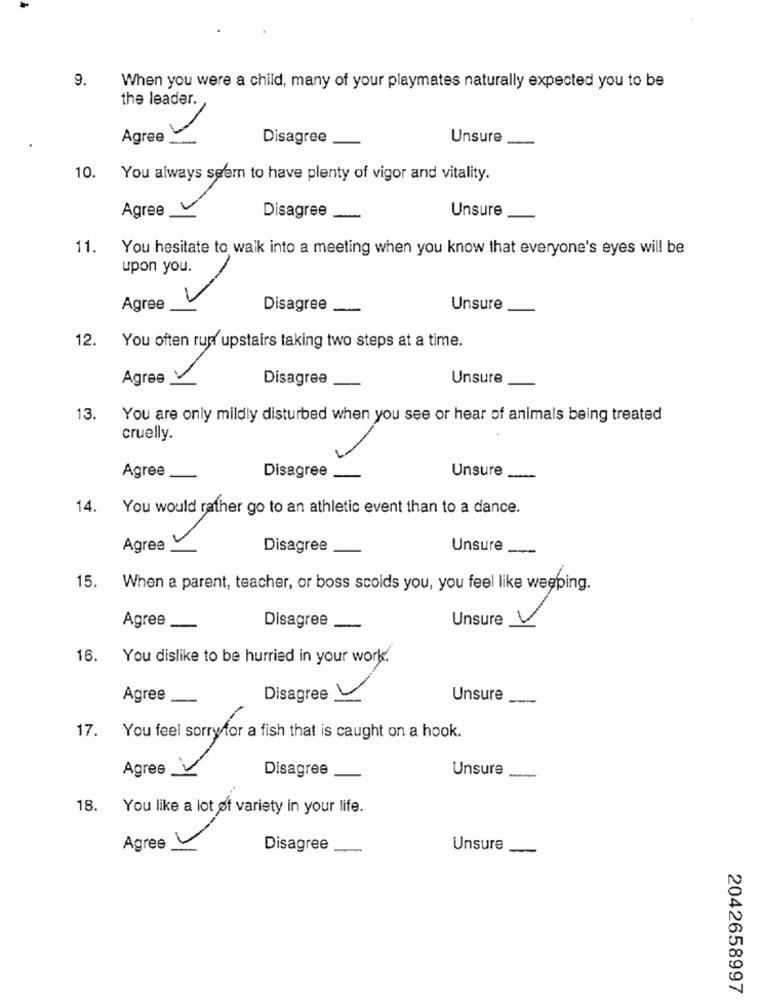
9.
When you were a child, many of your playmates naturally expected you to be
the leader.
Agree ....
Disagree
Unsure
-
10.
You always seem to have plenty of vigor and vitality.
Agree
Unsure
Disagree
11.
You hesitate to walk into a meeting when you know that everyone's eyes will be
upon you.
7
Agree
Disagree
Unsure
12.
You often run upstairs taking two steps at a time.
Agree
Disagree
Unsure
13.
You are only mildly disturbed when you see or hear of animals being treated
cruelly.
Agree
Unsure
Disagree
14. You would rather go to an athletic event than to a dance.
Agree-
Disagree
Unsure __
15. When a parent, teacher, or boss scolds you, you feel like weeping.
Agree
Unsure
Disagree _
V
16.
You dislike to be hurried in your work.
Agree
Disagree
Unsure
17.
You feel sorryfor a fish that is caught on a hook.
Agree
Disagree
Unsure
18. You like a lot of variety in your life.
Agree
Disagree
Unsure
2042658997